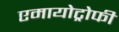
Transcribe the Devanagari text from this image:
एमायोट्रोफी